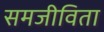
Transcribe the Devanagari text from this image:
समजीविता